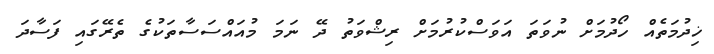
ޚިދުމަތެއް ހޯދުމަށް ނުވަތަ އަވަސްކުރުމަށް ރިޝްވަތު ދޭ ނަމަ މުއައްސަސާތަކުގެ ތެރޭގައި ފަސާދަ